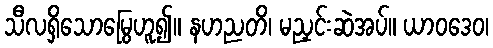
သီလရှိသောမြွေဟူ၍။ နဟညတိ၊ မညှင်းဆဲအပ်။ ယာဝဒေဝ၊